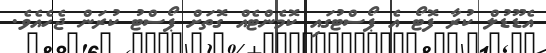
އެޑޫޑުލް ކުރާ ފޮޓޯ އެ ޕޯސްޓުގައި ކޮމެންޓެއް ގޮތަށް ޕޯސްޓު ކުރަން ޖެހެއެވެ.